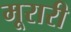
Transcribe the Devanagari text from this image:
मूरारी